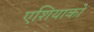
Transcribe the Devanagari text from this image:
एशियाको